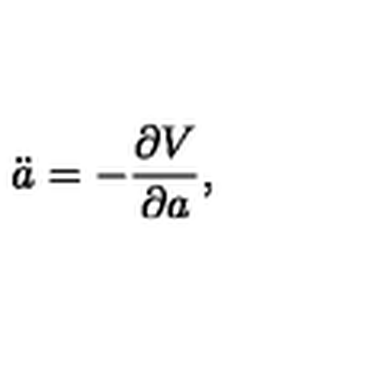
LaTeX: \ddot { a } = - \frac { \partial V } { \partial a } ,